Annual administration and progress report of the Indian Medical Department, Bombay
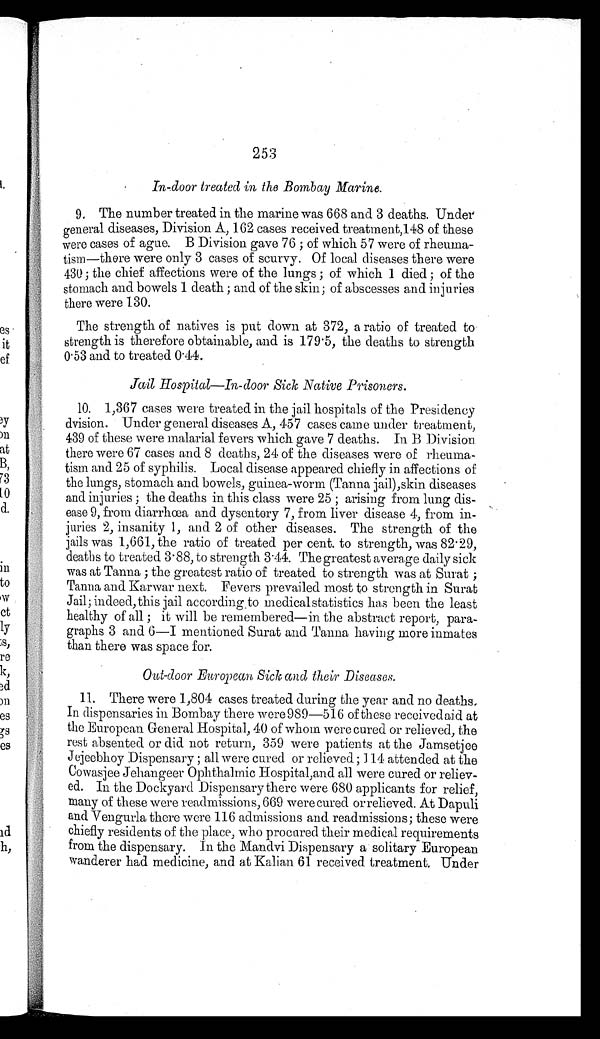
253
In-door treated in the Bombay Marine.
9. The number treated in the marine was 668 and 3 deaths. Under
general diseases, Division A, 162 cases received treatment,148 of these
were cases of ague. B Division gave 76 ; of which 57 were of rheuma-
-tism—there were only 3 cases of scurvy. Of local diseases there were
430 ; the chief affections were of the lungs ; of which 1 died ; of the
stomach and bowels 1 death ; and of the skin; of abscesses and injuries
there were 130.
The strength of natives is put down at 372, a ratio of treated to
strength is therefore obtainable, and is 179.5, the deaths to strength
0.53 and to treated 0.44.
Jail Hospital—In-door Sick Native Prisoners.
10. 1,367 cases were treated in the jail hospitals of the Presidency
dvision. Under general diseases A, 457 cases came under treatment,
439 of these were malarial fevers which gave 7 deaths. In B Division
there were 67 cases and 8 deaths, 24 of the diseases were of rheuma
- t i s m a n d 2 5 o f s y p h i l i s . L o c a l d i s e a s e a p p e a r e d c h i e f l y i n a f f e c t i o n s o f
the lungs, stomach and bowels, guinea-worm (Tanna jail),skin diseases
and injuries ; the deaths in this class were 25 ; arising from lung dis
-ease 9, from diarrhœa and dysentery 7, from liver disease 4, from in-
juries 2, insanity 1, and 2 of other diseases. The strength of the
jails was 1,661, the ratio of treated per cent to strength, was 82.29,
deaths to treated 3.88, to strength 3.44. The greatest average daily sick
was at Tanna ; the greatest ratio of treated to strength was at Surat ;
Tanna and Karwar next. Fevers prevailed most to strength in Surat
Jail; indeed, this jail according to medical statistics has been the least
healthy of all ; it will be remembered—in the abstract report, para-
graphs 3 and 6—I mentioned Surat and Tanna having more inmates
than there was space for.
Out-door European Sick and their Diseases.
11. There were 1,804 cases treated during the year and no deaths.
In dispensaries in Bombay there were 989—516 of these received aid at
the European General Hospital, 40 of whom were cured or relieved, the
rest absented or did not return, 359 were patients at the Jamsetjee
Jejeebhoy Dispensary ; all were cured or relieved ; 114 attended at the
Cowasjee Jehangeer Ophthalmic Hospital,and all were cured or reliev
- e d . I n t h e D o c k y a r d D i s p e n s a r y t h e r e w e r e 6 8 0 a p p l i c a n t s f o r r e l i e f ,
many of these were readmissions, 669 were cured or relieved, At Dapuli
and Vengurla there were 116 admissions and readmissions; these were
chiefly residents of the place, who procured their medical requirements
from the dispensary. In the Mandvi Dispensary a solitary European
wanderer had medicine, and at Kalian 61 received treatment Under